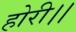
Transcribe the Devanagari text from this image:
होरी।।